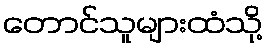
တောင်သူများထံသို့